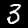
Digit: 3